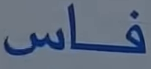
فاس